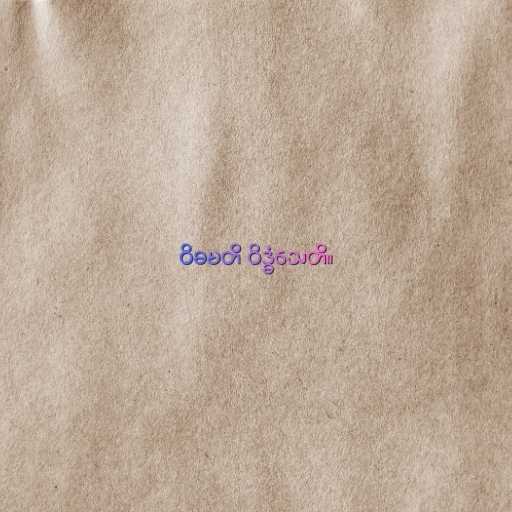
ဝိဓမတိ ဝိဒ္ဓံသေတိ။